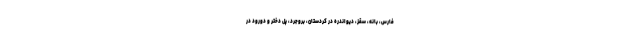
فارس، بانه، سقز، دیواندره در کردستان، بروجرد، پل دختر و دورود در